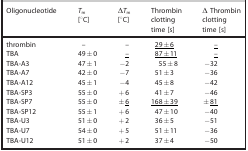
<table><thead><tr><td><b>Oligonucleotide</b></td><td><b><i>T</i><sub>m</sub></b></td><td><b>Δ<i>T</i><sub>m</sub></b></td><td><b>Thrombin</b></td><td><b>Δ Thrombin</b></td></tr><tr><td><b> </b></td><td><b>[°C]</b></td><td><b>[°C]</b></td><td><b>clotting</b></td><td><b>clotting</b></td></tr><tr><td><b> </b></td><td><b> </b></td><td><b> </b></td><td><b>time [s]</b></td><td><b>time [s]</b></td></tr></thead><tbody><tr><td>thrombin</td><td>–</td><td>–</td><td><underline>29±6</underline></td><td><underline>–</underline></td></tr><tr><td>TBA</td><td>49±0</td><td><underline>–</underline></td><td><underline>87±11</underline></td><td><underline>–</underline></td></tr><tr><td>TBA‐A3</td><td>47±1</td><td>−2</td><td>55±8</td><td>−32</td></tr><tr><td>TBA‐A7</td><td>42±0</td><td>−7</td><td>51±3</td><td>−36</td></tr><tr><td>TBA‐A12</td><td>45±1</td><td>−4</td><td>45±8</td><td>−42</td></tr><tr><td>TBA‐SP3</td><td>55±0</td><td>+6</td><td>41±7</td><td>−46</td></tr><tr><td>TBA‐SP7</td><td>55±0</td><td>±<underline>6</underline></td><td><underline>168±39</underline></td><td>±<underline>81</underline></td></tr><tr><td>TBA‐SP12</td><td>55±1</td><td>+6</td><td>47±10</td><td>−40</td></tr><tr><td>TBA‐U3</td><td>51±0</td><td>+2</td><td>36±5</td><td>−51</td></tr><tr><td>TBA‐U7</td><td>54±0</td><td>+5</td><td>51±11</td><td>−36</td></tr><tr><td>TBA‐U12</td><td>51±0</td><td>+2</td><td>37±4</td><td>−50</td></tr></tbody></table>